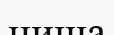
ниша